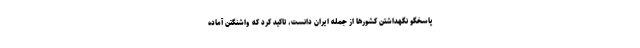
پاسخگو نگهداشتن کشورها از جمله ایران دانست، تاکید کرد که واشنگتن آماده